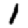
Digit: 1